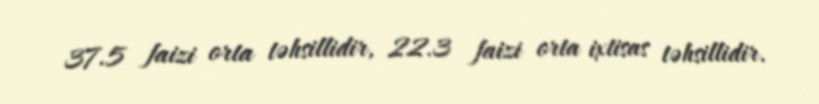
37.5 faizi orta təhsillidir, 22.3 faizi orta ixtisas təhsillidir.